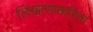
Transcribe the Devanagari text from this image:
लिखाणाकरिता